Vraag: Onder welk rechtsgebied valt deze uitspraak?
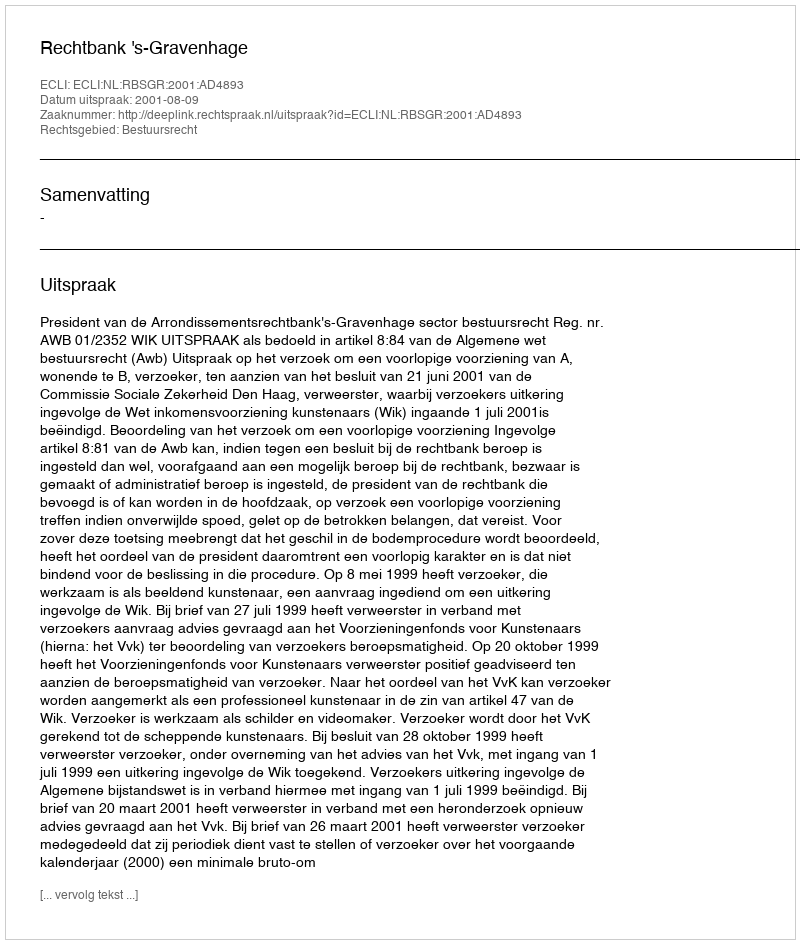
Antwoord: Bestuursrecht